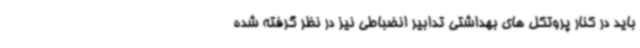
باید در کنار پروتکل های بهداشتی تدابیر انضباطی نیز در نظر گرفته شده